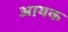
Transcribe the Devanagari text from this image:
आयक